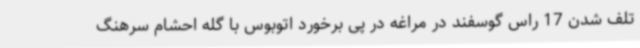
تلف شدن 17 راس گوسفند در مراغه در پی برخورد اتوبوس با گله احشام سرهنگ